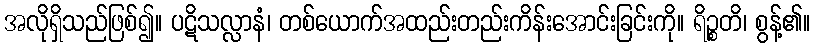
အလိုရှိသည်ဖြစ်၍။ ပဋိသလ္လာနံ၊ တစ်ယောက်အထည်းတည်းကိန်းအောင်းခြင်းကို။ ရိဉ္စတိ၊ စွန့်၏။